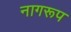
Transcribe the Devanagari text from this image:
नागरूप